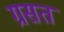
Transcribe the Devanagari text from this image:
ग्रसत